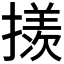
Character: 𪮲